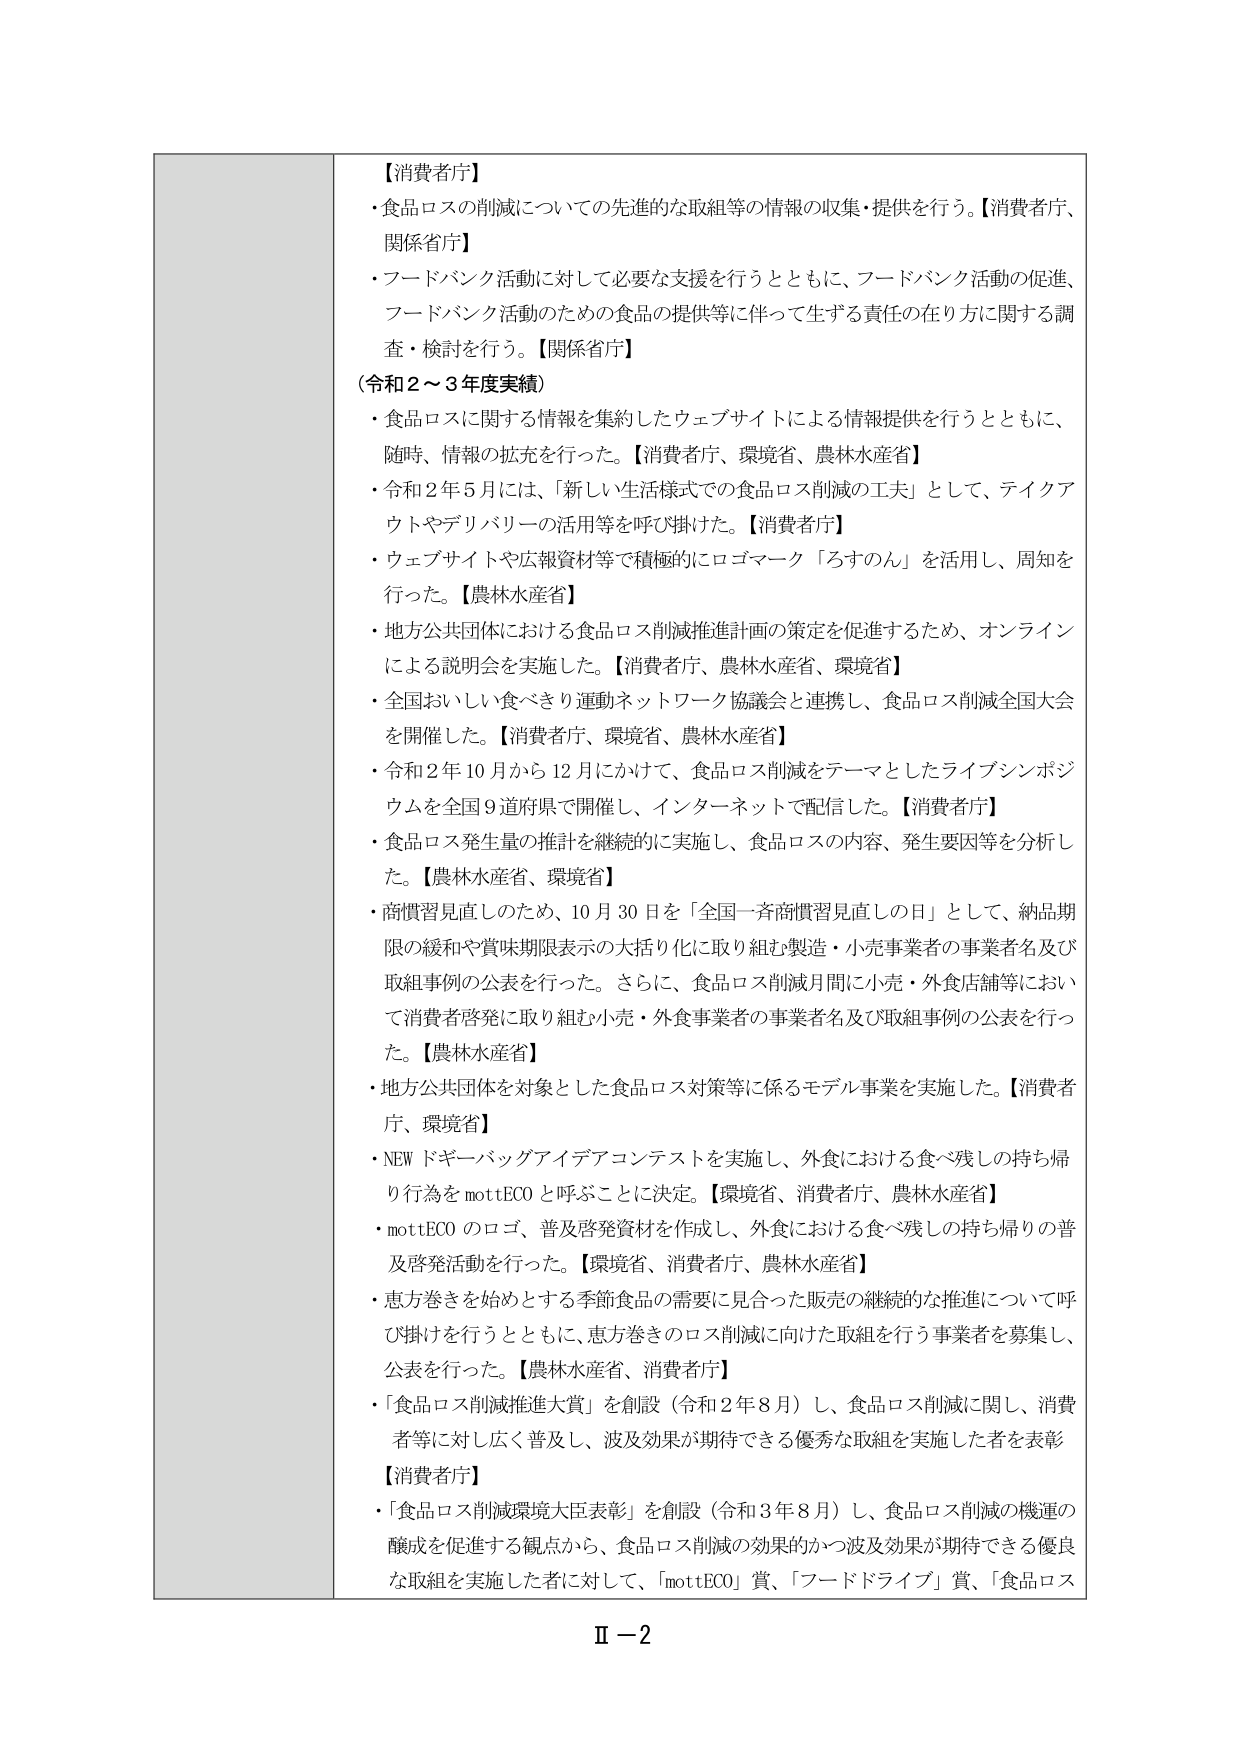
【消費者庁】
・食品ロスの削減についての先進的な取組等の情報の収集・提供を行う。【消費者庁、関係省庁】
・フードバンク活動に対して必要な支援を行うとともに、フードバンク活動の促進、フードバンク活動のための食品の提供等に伴って生ずる責任の在り方に関する調査・検討を行う。【関係省庁】

（令和２～３年度実績）
・食品ロスに関する情報を集約したウェブサイトによる情報提供を行うとともに、随時、情報の拡充を行った。【消費者庁、環境省、農林水産省】
・令和２年５月には、「新しい生活様式での食品ロス削減の工夫」として、テイクアウトやデリバリーの活用等を呼び掛けた。【消費者庁】
・ウェブサイトや広報資材等で積極的にロゴマーク「ろすのん」を活用し、周知を行った。【農林水産省】
・地方公共団体における食品ロス削減推進計画の策定を促進するため、オンラインによる説明会を実施した。【消費者庁、農林水産省、環境省】
・全国おいしい食べきり運動ネットワーク協議会と連携し、食品ロス削減全国大会を開催した。【消費者庁、環境省、農林水産省】
・令和２年１０月から１２月にかけて、食品ロス削減をテーマとしたライブシンポジウムを全国９道府県で開催し、インターネットで配信した。【消費者庁】
・食品ロス発生量の推計を継続的に実施し、食品ロスの内容、発生要因等を分析した。【農林水産省、環境省】
・商慣習見直しのため、１０月３０日を「全国一斉商慣習見直しの日」として、納品期限の緩和や賞味期限表示の大括り化に取り組む製造・小売事業者の事業者名及び取組事例の公表を行った。さらに、食品ロス削減月間に小売・外食店舗等において消費者啓発に取り組む小売・外食事業者の事業者名及び取組事例の公表を行った。【農林水産省】
・地方公共団体を対象とした食品ロス対策等に係るモデル事業を実施した。【消費者庁、環境省】
・NEW ドギーバッグアイデアコンテストを実施し、外食における食べ残しの持ち帰り行為をmottECOと呼ぶことに決定。【環境省、消費者庁、農林水産省】
・mottECOのロゴ、普及啓発資材を作成し、外食における食べ残しの持ち帰りの普及啓発活動を行った。【環境省、消費者庁、農林水産省】
・恵方巻きを始めとする季節食品の需要に見合った販売の継続的な推進について呼び掛けを行うとともに、恵方巻きのロス削減に向けた取組を行う事業者を募集し、公表を行った。【農林水産省、消費者庁】
・「食品ロス削減推進大賞」を創設（令和２年８月）し、食品ロス削減に関し、消費者等に対し広く普及し、波及効果が期待できる優秀な取組を実施した者を表彰【消費者庁】
・「食品ロス削減環境大臣表彰」を創設（令和３年８月）し、食品ロス削減の機運の醸成を促進する観点から、食品ロス削減の効果的かつ波及効果が期待できる優良な取組を実施した者に対して、「mottECO」賞、「フードドライブ」賞、「食品ロス

Ⅱ－2